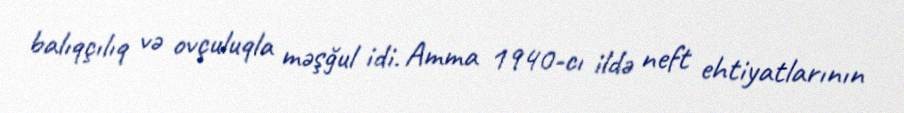
balıqçılıq və ovçuluqla məşğul idi. Amma 1940-cı ildə neft ehtiyatlarının